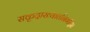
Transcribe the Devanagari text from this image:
सकृदाख्यातनिर्गाह्या